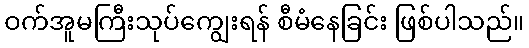
ဝက်အူမကြီးသုပ်ကျွေးရန် စီမံနေခြင်း ဖြစ်ပါသည်။